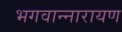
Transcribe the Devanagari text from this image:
भगवान्नारायण